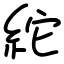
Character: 紽